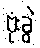
ဗုံးခွဲ